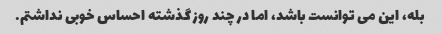
بله، این می توانست باشد، اما در چند روز گذشته احساس خوبی نداشتم.